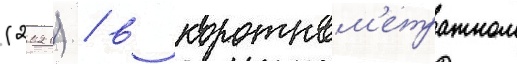
(2021) / в коротком'етражном